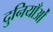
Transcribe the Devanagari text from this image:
दुनियाँओं